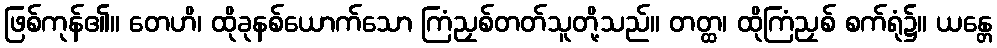
ဖြစ်ကုန်၏။ တေဟိ၊ ထိုခုနစ်ယောက်သော ကြံညှစ်တတ်သူတို့သည်။ တတ္ထ၊ ထိုကြံညှစ် စက်ရုံ၌။ ယန္တေ